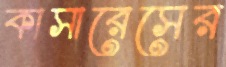
কাসারেসের